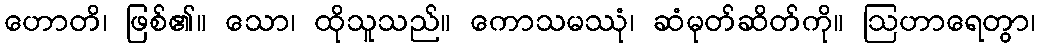
ဟောတိ၊ ဖြစ်၏။ သော၊ ထိုသူသည်။ ကောသမဿုံ၊ ဆံမုတ်ဆိတ်ကို။ ဩဟာရေတွာ၊